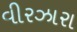
વીરઝારા